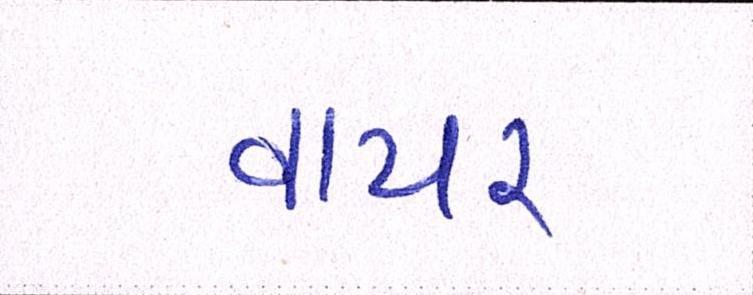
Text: વાયર